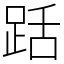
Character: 䟯